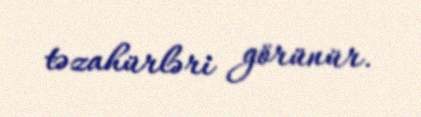
təzahürləri görünür.